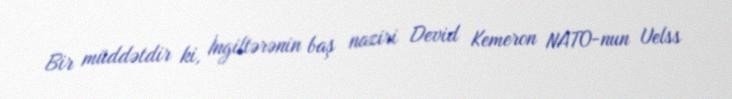
Bir müddətdir ki, İngiltərənin baş naziri Devid Kemeron NATO-nun Uelss